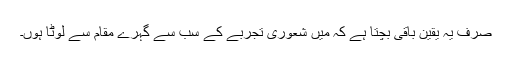
صرف یہ یقین باقی بچتا ہے کہ میں شعوری تجربے کے سب سے گہرے مقام سے لوٹا ہوں۔